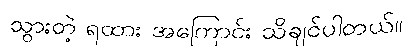
သွားတဲ့ ရထား အကြောင်း သိချင်ပါတယ်။